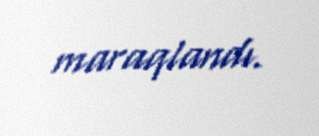
maraqlandı.